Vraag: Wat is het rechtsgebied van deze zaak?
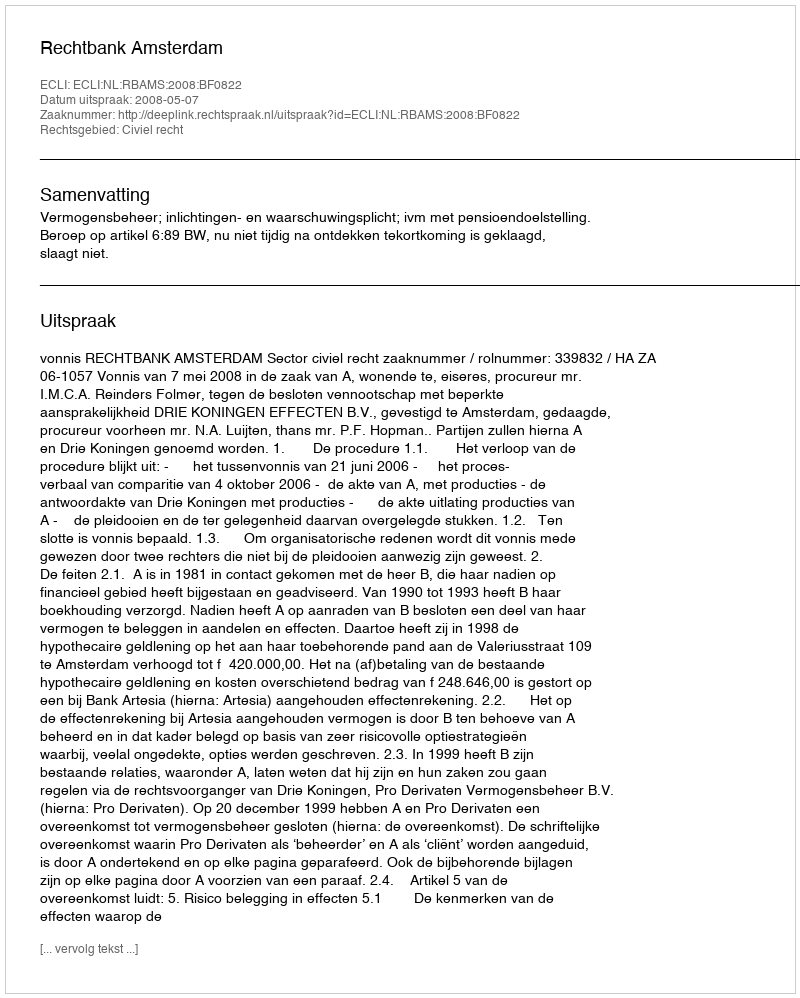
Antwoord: Civiel recht